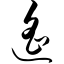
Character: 遥